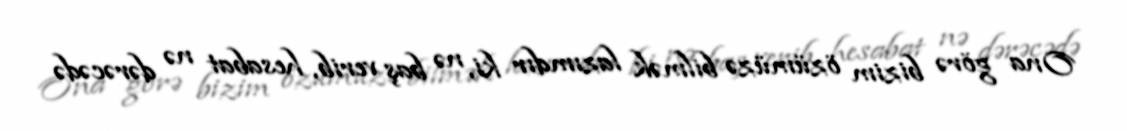
Ona görə bizim özümüzə bilmək lazımdır ki, nə baş verib, hesabat nə dərəcədə